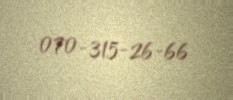
070-315-26-66